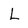
Character: L